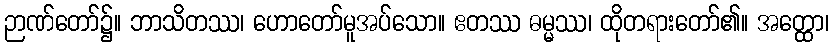
ဉာဏ်တော်၌။ ဘာသိတဿ၊ ဟောတော်မူအပ်သော။ ဧတဿ ဓမ္မဿ၊ ထိုတရားတော်၏။ အတ္ထော၊